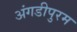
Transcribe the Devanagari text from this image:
अंगडीपुरम